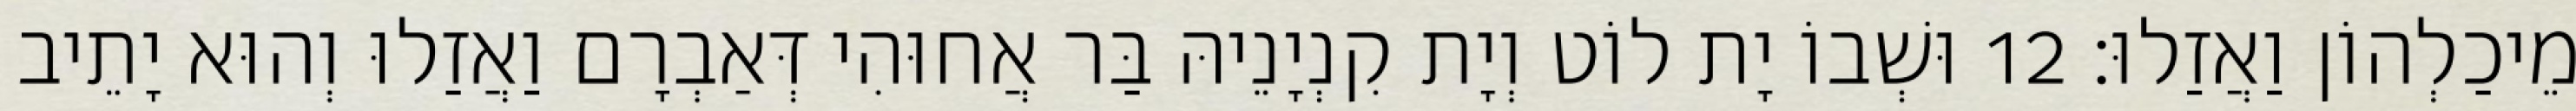
מֵיכַלְהוֹן וַאֲזַלוּ׃ 12 וּשְׁבוֹ יָת לוֹט וְיָת קִנְיָנֵיהּ בַּר אֲחוּהִי דְּאַבְרָם וַאֲזַלוּ וְהוּא יָתֵיב